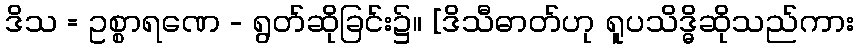
ဒိသ = ဥစ္စာရဏေ - ရွတ်ဆိုခြင်း၌။ [ဒိသီဓာတ်ဟု ရူပသိဒ္ဓိဆိုသည်ကား